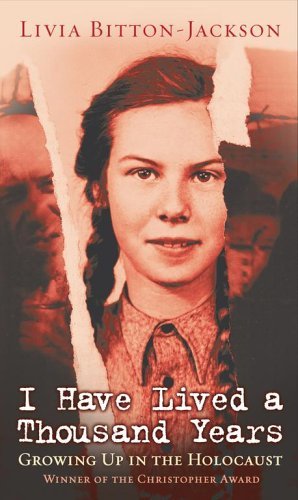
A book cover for I Have Lived A Thousand Years: Growing Up In The Holocaust (Turtleback School & Library Binding Edition); Livia Bitton-Jackson; Teen & Young Adult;